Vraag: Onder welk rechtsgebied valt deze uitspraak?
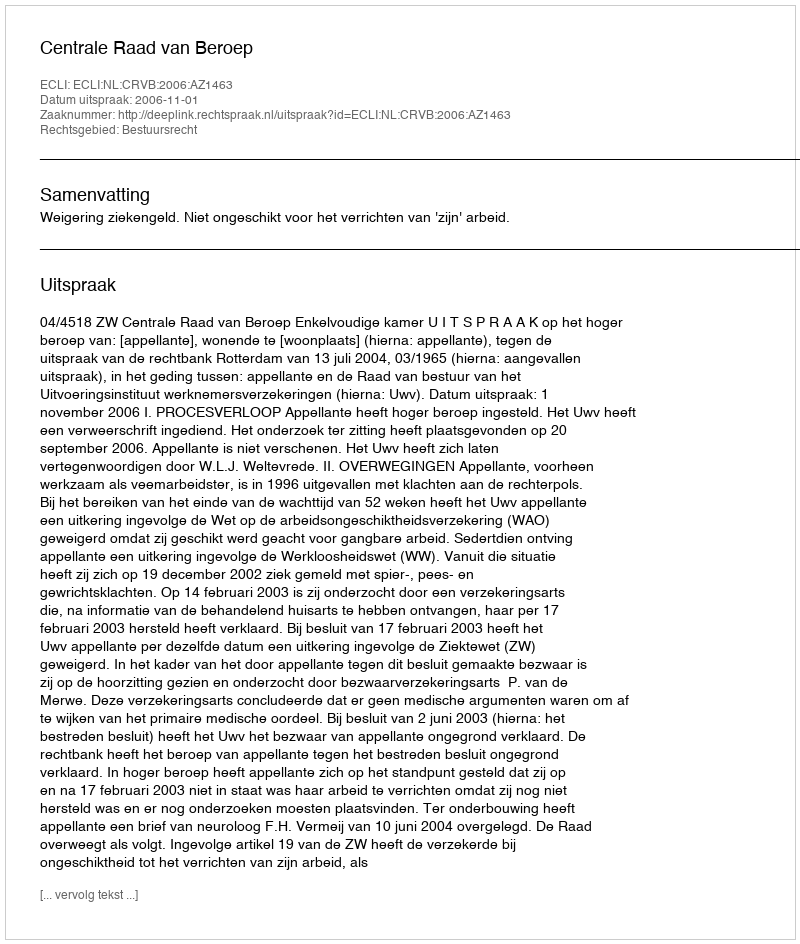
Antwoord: Bestuursrecht